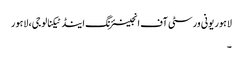
لاہور یونی ورسٹی آف انجینئرنگ اینڈ ٹیکنالوجی، لاہور
۔